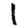
Digit: 1